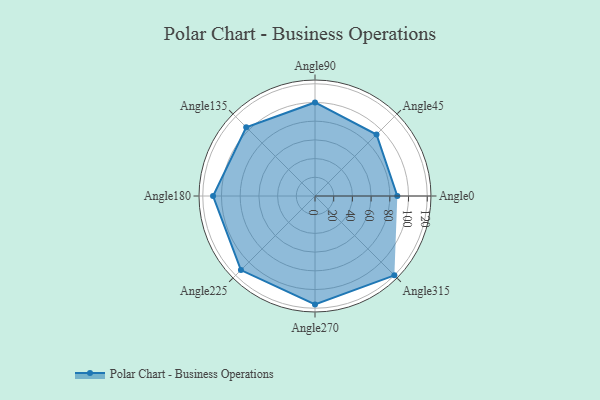
{"axis": {"x": "Angle", "y": "Radius"}, "legend": [""], "data": [{"x": "Angle0", "y": 88.0, "type": ""}, {"x": "Angle45", "y": 93.0, "type": ""}, {"x": "Angle90", "y": 100.0, "type": ""}, {"x": "Angle135", "y": 104.0, "type": ""}, {"x": "Angle180", "y": 109.0, "type": ""}, {"x": "Angle225", "y": 112.0, "type": ""}, {"x": "Angle270", "y": 116.0, "type": ""}, {"x": "Angle315", "y": 120.0, "type": ""}]}